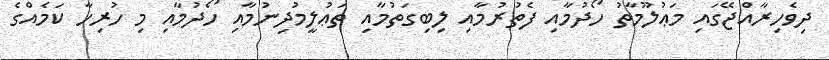
ދިވެހިރާއްޖޭގައި މަޢުލޫމާތު ހޯދުމާއި ފެތުރުމާއި ލިބިގަތުމާއި ތަޢުލީމުދިނުމާއި ހޯދުމާއި މި ހުރިހާ ކަމެއްގެ